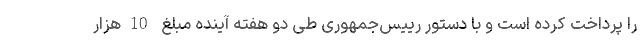
را پرداخت کرده است و با دستور رییس‌جمهوری طی دو هفته آینده مبلغ 10هزار